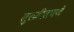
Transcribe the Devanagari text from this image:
सुरळीतपणें